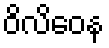
ဝိလိဝေန